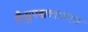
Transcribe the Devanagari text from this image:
है।सुपद्मव्याकरण